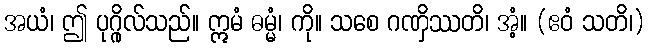
အယံ၊ ဤ ပုဂ္ဂိုလ်သည်။ ဣမံ ဓမ္မံ၊ ကို။ သစေ ဂဏှိဿတိ၊ အံ့။ (ဧဝံ သတိ၊)